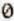
0